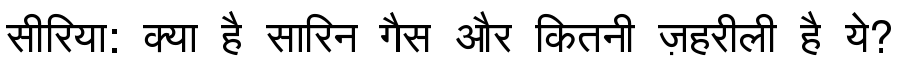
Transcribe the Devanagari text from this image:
सीरिया: क्या है सारिन गैस और कितनी ज़हरीली है ये?